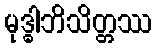
မုဒ္ဓါဘိသိတ္တဿ